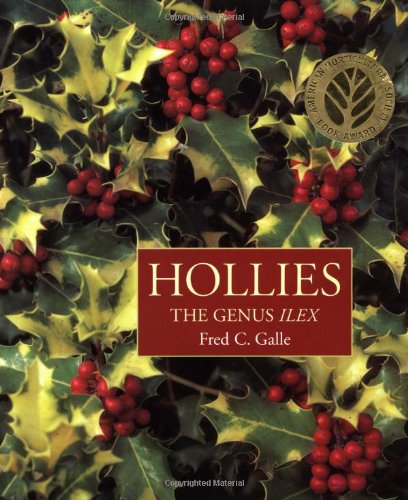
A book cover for Hollies: The Genus Ilex; Fred C. Galle; Crafts, Hobbies & Home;